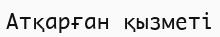
Атқарған қызметі